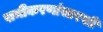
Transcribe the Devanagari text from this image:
समीकरणांसारखी